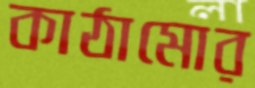
কাঠামোর